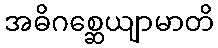
အဓိဂစ္ဆေယျာမာတိ